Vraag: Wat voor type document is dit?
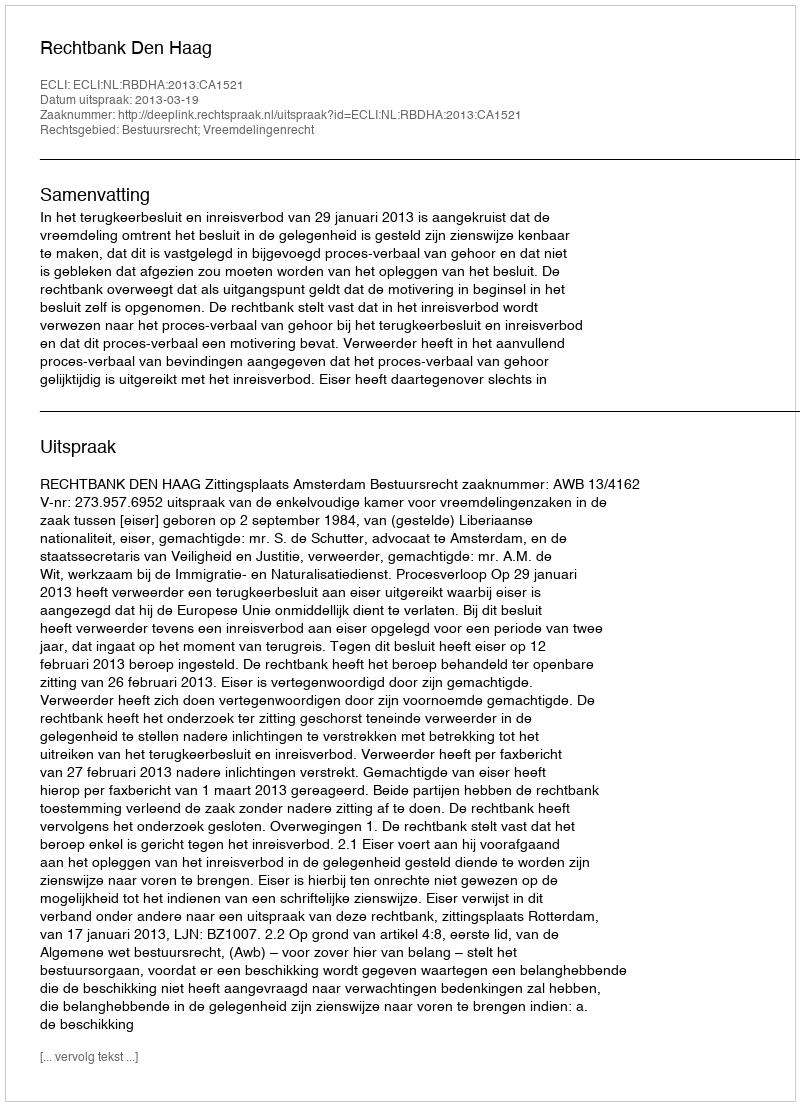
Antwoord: Uitspraak